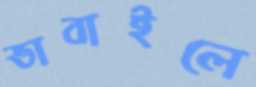
ভাবাইলে